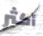
أكثر